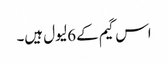
اس گیم کے 6 لیول ہیں۔